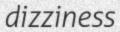
dizziness